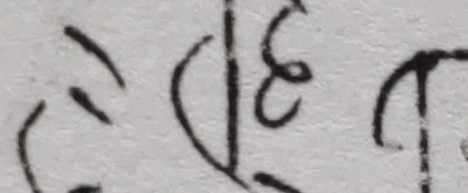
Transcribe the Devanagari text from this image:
ह